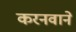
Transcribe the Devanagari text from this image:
करनवाने